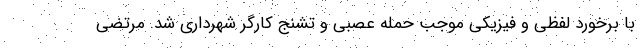
با برخورد لفظی و فیزیکی موجب حمله عصبی و تشنج کارگر شهرداری شد. مرتضی